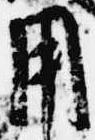
用